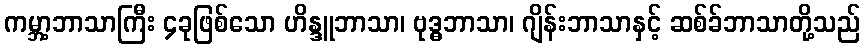
ကမ္ဘာ့ဘာသာကြီး ၄ခုဖြစ်သော ဟိန္ဒူဘာသာ၊ ဗုဒ္ဓဘာသာ၊ ဂျိန်းဘာသာနှင့် ဆစ်ခ်ဘာသာတို့သည်